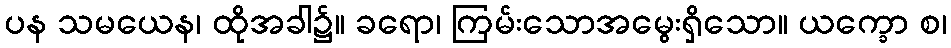
ပန သမယေန၊ ထိုအခါ၌။ ခရော၊ ကြမ်းသောအမွေးရှိသော။ ယက္ခော စ၊